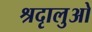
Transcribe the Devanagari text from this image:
श्रदृालुओ